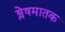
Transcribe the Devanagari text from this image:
श्लेषमातक